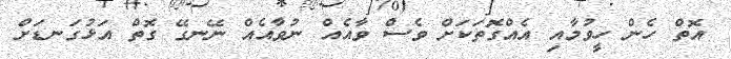
އޮތް ހެެން ހީވުމާއި އެއްގޮތަކަށް ވެސް ވާއެއް ނުވާއެއް ނޭނގޭ ގޮތް އަޅުގަނޑަށް